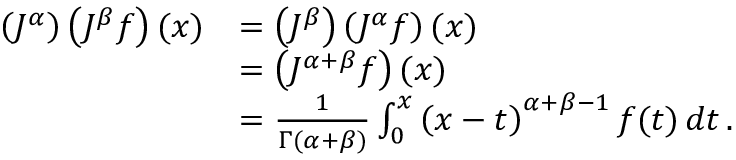
{ \begin{array} { r l } { \left( J ^ { \alpha } \right) \left( J ^ { \beta } f \right) ( x ) } & { = \left( J ^ { \beta } \right) \left( J ^ { \alpha } f \right) ( x ) } \\ & { = \left( J ^ { \alpha + \beta } f \right) ( x ) } \\ & { = { \frac { 1 } { \Gamma ( \alpha + \beta ) } } \int _ { 0 } ^ { x } \left( x - t \right) ^ { \alpha + \beta - 1 } f ( t ) \, d t \, . } \end{array} }